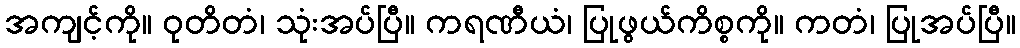
အကျင့်ကို။ ဝုတိတံ၊ သုံးအပ်ပြီ။ ကရဏီယံ၊ ပြုဖွယ်ကိစ္စကို။ ကတံ၊ ပြုအပ်ပြီ။